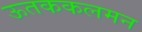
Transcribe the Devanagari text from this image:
ऊतककलमन